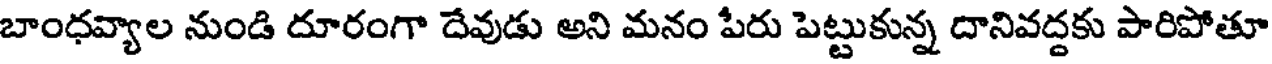
బాంధవ్యాల నుండి దూరంగా దేవుడు అని మనం పేరు పెట్టుకున్న దానివద్దకు పారిపోతూ